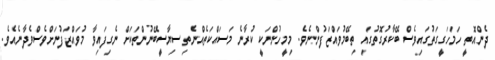
ދެންއޮތީ ހަމަހަގީގަތުގައިވެސް ބޭކާރުގޮތުގައި ތިބޭމުވައްޒަފުންނެވެ. މިމީހުންނަކީ ކުރާނެ މަސައްކަތެއްނެތި ސިޔާސީބޭނުންތަކަށް ނެގިފައިވާ މުވައްޒަފުނަށްވެސްވެދާނެއެވެ.